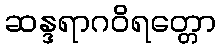
ဆန္ဒရာဂဝိရတ္တော